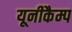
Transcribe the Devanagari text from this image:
यूनीकैम्प